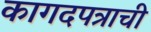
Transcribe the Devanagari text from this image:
कागदपत्राची